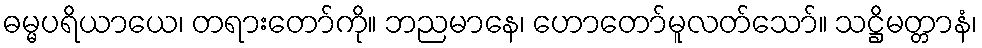
ဓမ္မပရိယာယေ၊ တရားတော်ကို။ ဘညမာနေ၊ ဟောတော်မူလတ်သော်။ သဋ္ဌိမတ္တာနံ၊